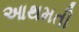
આથમતી